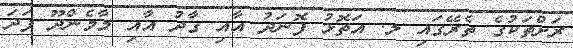
ރަށްތަކުގެ ތެރޭގައި ލ. އަތޮޅު ފޮނަދު އާއި ގާދު އާއި މާމެންދޫ ފަދަ